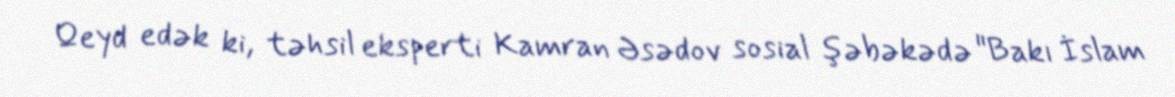
Qeyd edək ki, təhsil eksperti Kamran Əsədov sosial şəbəkədə "Bakı İslam